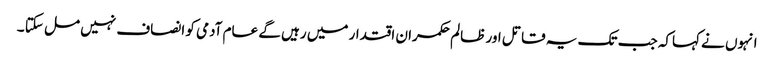
انہوں نے کہاکہ جب تک یہ قاتل اور ظالم حکمران اقتدار میں رہیں گے عام آدمی کو انصاف نہیں مل سکتا ۔